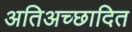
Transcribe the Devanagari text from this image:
अतिअच्छादित